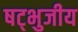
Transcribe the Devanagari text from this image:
षट्भुजीय